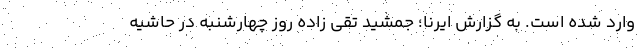
وارد شده است. به گزارش ایرنا؛ جمشید تقی زاده روز چهارشنبه در حاشیه